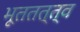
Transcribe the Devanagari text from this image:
भूततत्त्व